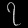
Digit: ၇